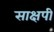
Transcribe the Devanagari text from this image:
साक्षपी